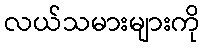
လယ်သမားများကို